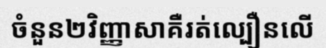
ចំនួន២វិញ្ញាសាគឺរត់ល្បឿនលើ